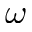
\omega